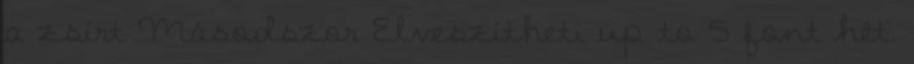
a zsírt Másodszor Elveszítheti up to 5 font hét.